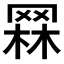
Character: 𦋗